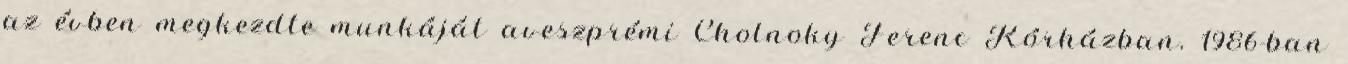
az évben megkezdte munkáját aveszprémi Cholnoky Ferenc Kórházban. 1986-ban